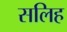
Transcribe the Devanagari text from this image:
सलिह